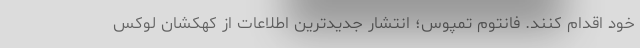
خود اقدام کنند. فانتوم تمپوس؛ انتشار جدیدترین اطلاعات از کهکشان لوکس